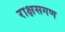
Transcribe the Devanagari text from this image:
राक्षसगण